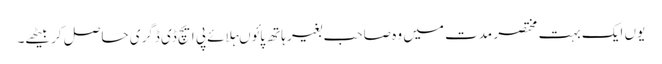
یوں ایک بہت مختصر مدت میں وہ صاحب بغیر ہاتھ پائوںہلائے پی ایچ ڈی ڈگری حاصل کر بیٹھے۔